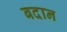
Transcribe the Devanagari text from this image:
बदान